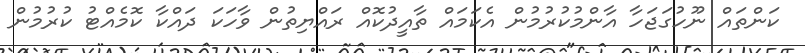
ކަންތައް ނޫހުގަޖަހާ އާންމުކުރުމުން އެކަމައް ތާއީދުކޮއް ރައްޔިތުން ވާހަކަ ދައްކާ ކޮމެއްޓު ކުރުމުން